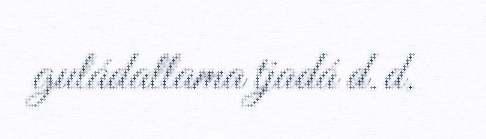
guládallama tjadá d.d.